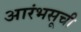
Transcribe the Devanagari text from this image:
आरंभसूची